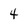
Character: 4